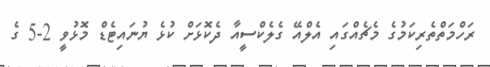
ރަހްމަތްތެރިކަމުގެ މެޗެއްގައި އެލްއޭ ގެލެކްސީއާ ދެކޮޅަށް ކުޅެ ޔުނައިޓެޑް މޮޅުވީ 2-5 ގެ